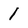
Character: l